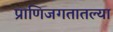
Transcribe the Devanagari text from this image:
प्राणिजगतातल्या